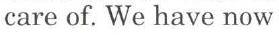
care of. We have now